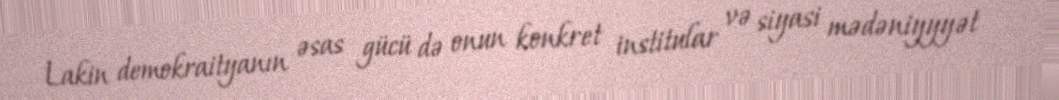
Lakin demokraityanın əsas gücü də onun konkret institular və siyasi mədəniyyyət